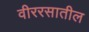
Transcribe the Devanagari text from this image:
वीररसातील